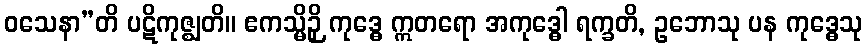
ဝသေနာ”တိ ပဋိကုဇ္ဈတိ။ ဧကသ္မိဉှိ ကုဒ္ဓေ ဣတရော အကုဒ္ဓေါ ရက္ခတိ, ဥဘောသု ပန ကုဒ္ဓေသု